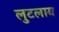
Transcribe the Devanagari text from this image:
लुटलाय